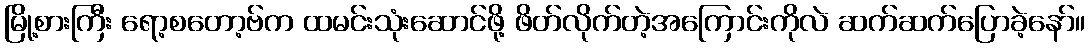
မြို့စားကြီး ရော့စတော့ဗ်က ထမင်းသုံးဆောင်ဖို့ ဖိတ်လိုက်တဲ့အကြောင်းကိုလဲ ဆက်ဆက်ပြောခဲ့နော်။